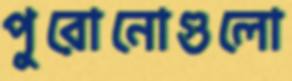
পুরোনোগুলো